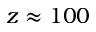
z \approx 1 0 0